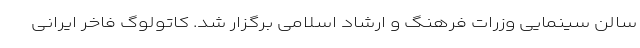
سالن سینمایی وزرات فرهنگ و ارشاد اسلامی برگزار شد. کاتولوگ فاخر ایرانی